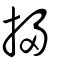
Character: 掃